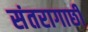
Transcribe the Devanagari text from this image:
संतरागाछी